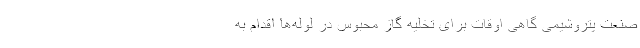
صنعت پتروشیمی گاهی اوقات برای تخلیه گاز محبوس در لوله‌ها اقدام به